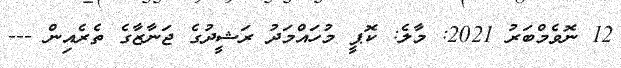
12 ނޮވެމްބަރު 2021: މާލެ: ކޮޕީ މުހައްމަދު ރަޝީދުގެ ޖަނާޒާގެ ތެރެއިން ---